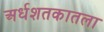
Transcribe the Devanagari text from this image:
अर्धशतकातला